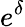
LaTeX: e^{\delta}